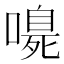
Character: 𭊴